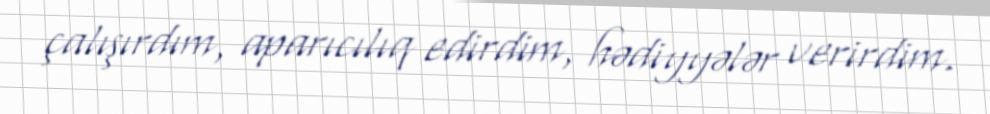
çalışırdım, aparıcılıq edirdim, hədiyyələr verirdim.